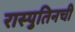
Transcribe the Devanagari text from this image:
रास्पुतिनची